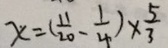
x = ( \frac { 1 1 } { 2 0 } - \frac { 1 } { 4 } ) \times \frac { 5 } { 3 }